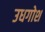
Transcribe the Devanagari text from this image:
उधगोश